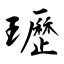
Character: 瓑